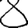
Digit: 8